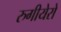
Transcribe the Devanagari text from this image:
रुगीयेरो